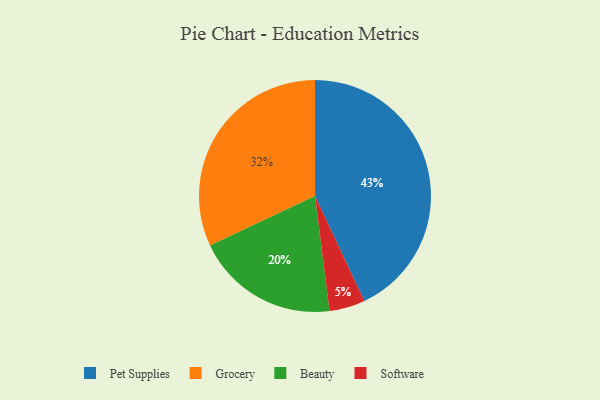
{"axis": {"x": "Category", "y": "Percentage"}, "legend": ["Beauty", "Grocery", "Pet Supplies", "Software"], "data": [{"x": "Pet Supplies", "y": 43, "type": "Pet Supplies"}, {"x": "Grocery", "y": 32, "type": "Grocery"}, {"x": "Software", "y": 5, "type": "Software"}, {"x": "Beauty", "y": 20, "type": "Beauty"}]}